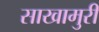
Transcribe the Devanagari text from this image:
साखामुरी